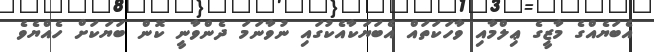
އެބަޔެއްގެ މާޒީގެ ޢިލްމާއި ވާހަކަތައް އެބަޔަކާއެކުގައި ނުވާނަމަ ދެންވާނީ ކޮން ބަޔަކަށް ހެއްޔެވެ